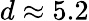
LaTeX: d\approx 5.2